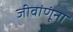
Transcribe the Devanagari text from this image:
जीवांणूंना